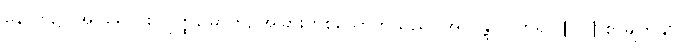
နောက်၌။ အပရော၊ စတုတ္ထမြောက်, အခြားတစ်ယောက်သည်။ အာဂန္တွာ၊ လာ၍။ [၀၂] စာမျက်နှာ